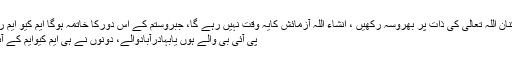
سچے کارکنان اللہ تعالیٰ کی ذات پر بھروسہ رکھیں ، انشاء اللہ آزمائش کایہ وقت نہیں رہے گا، جبروستم کے اس دورکا خاتمہ ہوگا ایم کیو ایم رابطہ کمیٹی
پی آئی بی والے ہوں یابہادرآبادوالے، دونوں نے ہی ایم کیوایم کے آئین کو توڑا۔